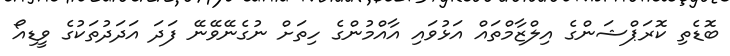
ބޮޑެތި ކޮރަޕްޝަންގެ އިލްޒާމްތައް އަޅުވައި އާއްމުންގެ ހިތަށް ނުގެނޭވޭނޭ ފަދަ އަދަދުތަކުގެ ވީޑިއޯ